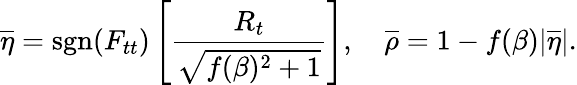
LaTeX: \overline{{{\eta}}}=\mathrm{sgn}(F_{tt})\left[\frac{R_{t}}{\sqrt{f(\beta)^{2}+1}}\right],\quad\overline{{{\rho}}}=1-f(\beta)|\overline{{{\eta}}}|.